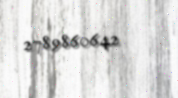
2789860642